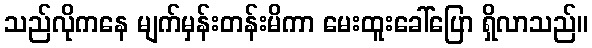
သည်လိုကနေ မျက်မှန်းတန်းမိကာ မေးထူးခေါ်ပြော ရှိလာသည်။